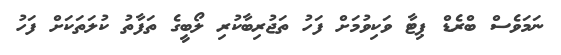
ނަމަވެސް ބްރެޑް ޕިޓާ ވަކިވުމަށް ފަހު ތަޖުރިބާކުރި ލޯބީގެ ތަފާތު ކުލަތަކަށް ފަހު